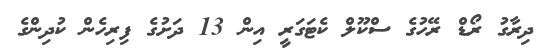
ދިރާގު ރޯޑް ރޭހުގެ ސްކޫލް ކެޓަގަރީ އިން 13 ދަށުގެ ފިރިހެން ކުދިންގެ